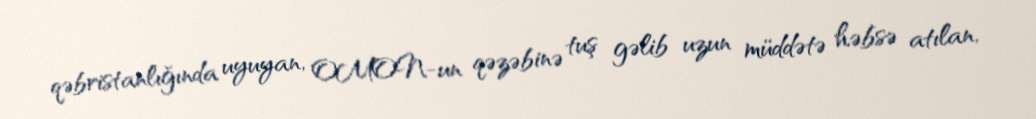
qəbristanlığında uyuyan, OMON-un qəzəbinə tuş gəlib uzun müddətə həbsə atılan,